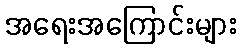
အရေးအကြောင်းများ